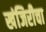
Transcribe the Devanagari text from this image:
खंजिरीचा